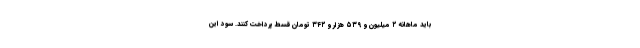
باید ماهانه ۲ میلیون و ۵۳۹ هزار و ۳۴۲ تومان قسط پرداخت کنند. سود این